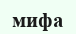
мифа